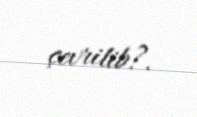
çevrilib?.